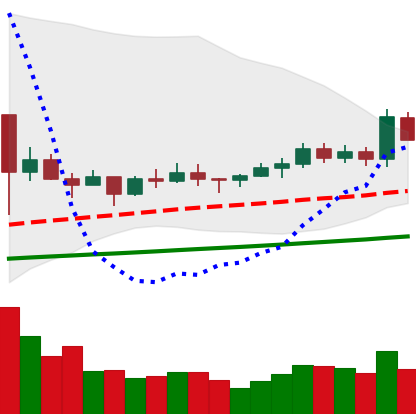
Ticker: ETC-USD
Chart end date: 2021-03-14
Forward return: -3.873%
Label: down_3_5